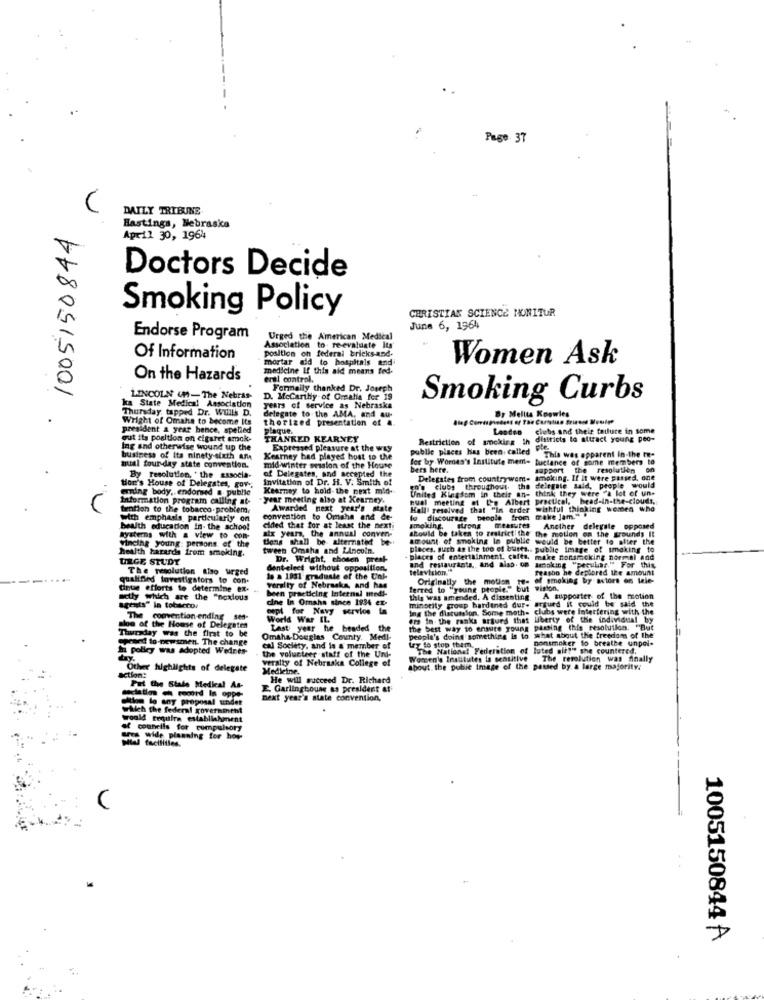
Page. 37
C
DAILY TRIBUNE
1005150844
Hastings, Nebraska
April 30, 1964
Doctors Decide
00
0
Smoking Policy
CHRISTIAN SCIENCE MONITUR
June 6, 1964
Endorse Program
Urged the American Medical
Association to- re-evaluate Its
federal bricksand.
Of Information
position on
mortar aid to hospitals and
Women Ask
medicine If this aid means fed-
On the Hazards
eral control.
Formally thanked Dr. Joseph
ka State Medical Association
LINCOLN (-The Nebras-
D. Mccarthy of Omalla for 19
Smoking Curbs
years of service as Nebraska
delegate to the AMA, and au-
APPAR
thorized presentation of #
By Mellta Koswies
president a year hence, spelled
Plaque.
clubs and their failure in some
gut its position on cigaret amok-
THANKED KEARNEY
Restriction of smoking ih
districts to attract young peo-
Ing and otherwise wound up the
Expressed pleasure at the way
public places has been called
business of its ninety-sixth Af
Kearney bad played host to the
for by Wordes's Institute meme tuctance of some members to
This was apparent in the t-
nual four-day state convention.
mid-winter pession of the House
of Delegates, and accepted the
bers here.
support the resolution
By resolution, ' the associa-
Invitation of Dr. H. V. Smith of
Delegates from countrywem- smoking. If it were passed. one
ering body ,. endorsed a. public
Hon's House of Delegates, goy.
Kearney to hold the next mid-
po's clubs throughout the delegate said, people would
United Kingdom in their an- think they were "a lot of un-
Information program calling at-
year meeting also at Kearney.
quel meeting at the Albert practical, head-in-the-clouds.
tention to the tobacco.problem,
Awarded next year's state
Hall' resolved that "In erder wishful thinking women who
with emphasis particularly on
convention to Omaha and de-
to discourage people from
make Jam.".
health education In- the school
elded that for at least the next
six years, the annual conven-
smoking, strong measures
should be taken to zestrict the
the motion on the grounds It
Anether delegate opposed
Systems with a view to com-
Vincing young: persons of the
tions shall be alternativt be-
amount of smoking In public would be better to after the
health barards from smoking.
tween Omaha and Lincoln.
places, such as the too of bures .. public image of smoking to
URGE STUDY
Dr. Wright, chosen prest
places of entertainment, cuffs, make nonsmoking normal and
and restaurants ,, and also. om
The resolution Also urged
dent-elect without opposition.
television."
Smoking "peculiar." For this
Feasbo he deplored the amount
qualified investigators to con.
lo a 1031 graduate of the Uni-
Originally the motion to-
of smoking by actors on tele
tinue efforts to determine ex-
versity of Nebraska, and has
boen practicing Internal medi-
ferred to "young people." but wirton,
sctly which are the "noxious
cine In Omaha since 1934 ex-
minority group hardined dur- argued it could be said the
this was amended. A dissenting.
A supporter of the motion
agents" in tobacco.
cept for Navy servios La
ing the discussion, Some moth-
clubs were Interfering with the
The convention ending ses-
World War EL.
ers In the ranks argued that liberty of the individual by
Thursday was the first to be
sloo of the House of Delegates
Last year he beaded the
the best way to ensure young passing this resolution. "But
opraed to-newsmen. The change
Omaha-Douglas County. Medl-
people's doing something is to what about the freedom of the
nonsmoker to breathe unpol-
In polley was adopted Wednes
the volunteer staff of the Und-
cal Society, and is a member of
try to stop them ..
The National Federation of
tuted ait?" she countered.
day.
veralty of Nebraska College of
Worsenla Institutes ia sensitive The resolution was finally
Other highlights of delegate
Medicine.
about the public Image of the passed by a large majority!
action:
He will succeed Dr. Richard
Put the Stale Medical As-
E. Garlingboune as president at
dition lo any proposal under
next year's state convention,
which the federal government
would reputfra establishment
couhells for compulsory
Shut wide planning for how-
1005150844 A